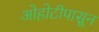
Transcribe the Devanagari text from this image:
ओहोटीपासून